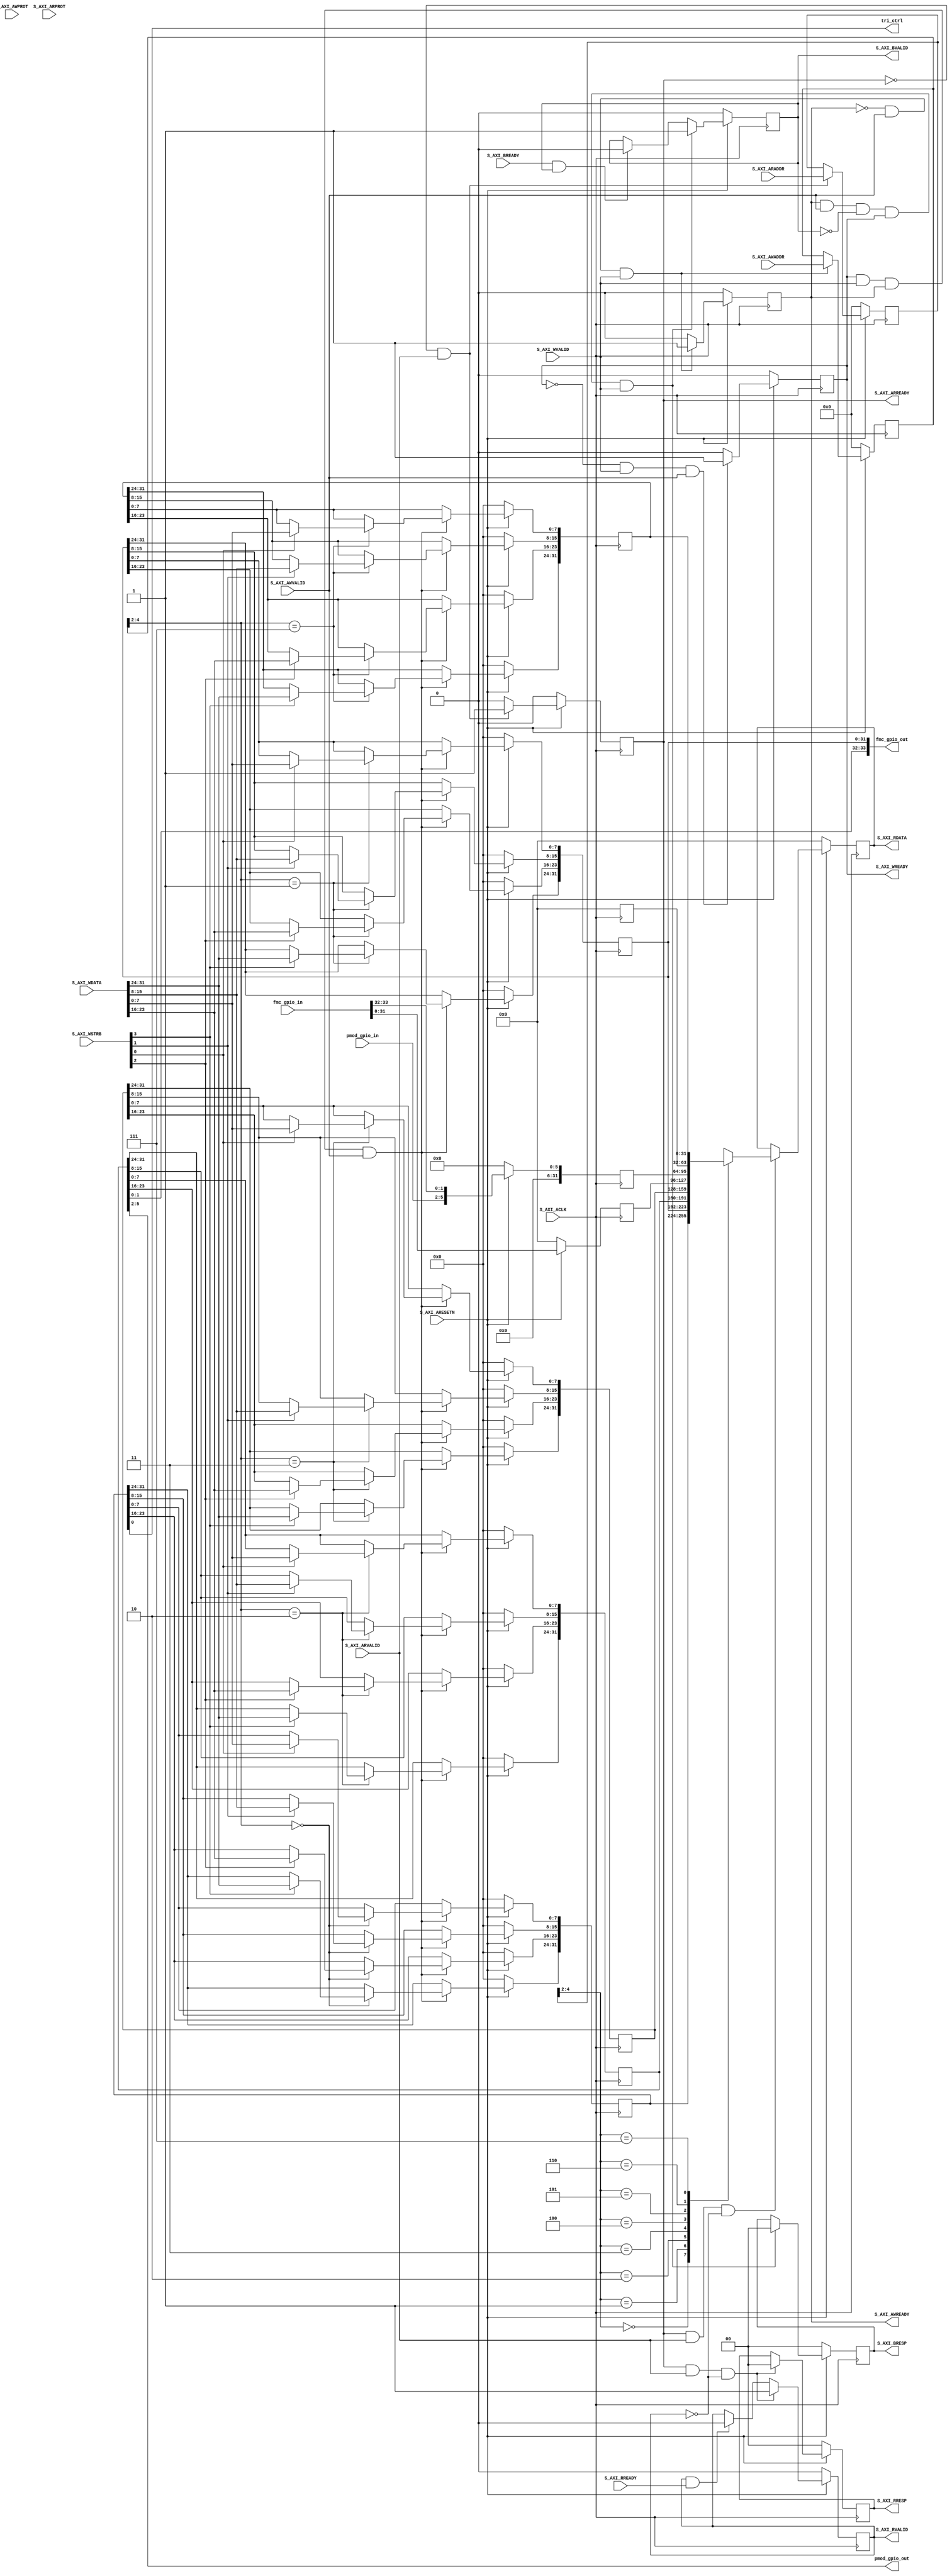
//
// Copyright (C) 2015 Digilent Inc.
// All rights reserved.
//
// @NETFPGA_LICENSE_HEADER_START@
//
// Licensed to NetFPGA C.I.C. (NetFPGA) under one or more contributor
// license agreements.  See the NOTICE file distributed with this work for
// additional information regarding copyright ownership.  NetFPGA licenses this
// file to you under the NetFPGA Hardware-Software License, Version 1.0 (the
// "License"); you may not use this file except in compliance with the
// License.  You may obtain a copy of the License at:
//
//   http://www.netfpga-cic.org
//
// Unless required by applicable law or agreed to in writing, Work distributed
// under the License is distributed on an "AS IS" BASIS, WITHOUT WARRANTIES OR
// CONDITIONS OF ANY KIND, either express or implied.  See the License for the
// specific language governing permissions and limitations under the License.
//
// @NETFPGA_LICENSE_HEADER_END@
//

`timescale 1 ps / 1 ps

	module nf_sume_gpio_test_S_AXI #
	(
		// Users to add parameters here

		// User parameters ends
		// Do not modify the parameters beyond this line

		// Width of S_AXI data bus
		parameter integer C_S_AXI_DATA_WIDTH	= 32,
		// Width of S_AXI address bus
		parameter integer C_S_AXI_ADDR_WIDTH	= 5
	)
	(
		// Users to add ports here
        output wire [33:0] fmc_gpio_out,
        input wire [33:0] fmc_gpio_in,
        output wire [3:0] pmod_gpio_out,
        input wire [3:0] pmod_gpio_in,
        output wire tri_ctrl,
		// User ports ends
		// Do not modify the ports beyond this line

		// Global Clock Signal
		input wire  S_AXI_ACLK,
		// Global Reset Signal. This Signal is Active LOW
		input wire  S_AXI_ARESETN,
		// Write address (issued by master, acceped by Slave)
		input wire [C_S_AXI_ADDR_WIDTH-1 : 0] S_AXI_AWADDR,
		// Write channel Protection type. This signal indicates the
    		// privilege and security level of the transaction, and whether
    		// the transaction is a data access or an instruction access.
		input wire [2 : 0] S_AXI_AWPROT,
		// Write address valid. This signal indicates that the master signaling
    		// valid write address and control information.
		input wire  S_AXI_AWVALID,
		// Write address ready. This signal indicates that the slave is ready
    		// to accept an address and associated control signals.
		output wire  S_AXI_AWREADY,
		// Write data (issued by master, acceped by Slave) 
		input wire [C_S_AXI_DATA_WIDTH-1 : 0] S_AXI_WDATA,
		// Write strobes. This signal indicates which byte lanes hold
    		// valid data. There is one write strobe bit for each eight
    		// bits of the write data bus.    
		input wire [(C_S_AXI_DATA_WIDTH/8)-1 : 0] S_AXI_WSTRB,
		// Write valid. This signal indicates that valid write
    		// data and strobes are available.
		input wire  S_AXI_WVALID,
		// Write ready. This signal indicates that the slave
    		// can accept the write data.
		output wire  S_AXI_WREADY,
		// Write response. This signal indicates the status
    		// of the write transaction.
		output wire [1 : 0] S_AXI_BRESP,
		// Write response valid. This signal indicates that the channel
    		// is signaling a valid write response.
		output wire  S_AXI_BVALID,
		// Response ready. This signal indicates that the master
    		// can accept a write response.
		input wire  S_AXI_BREADY,
		// Read address (issued by master, acceped by Slave)
		input wire [C_S_AXI_ADDR_WIDTH-1 : 0] S_AXI_ARADDR,
		// Protection type. This signal indicates the privilege
    		// and security level of the transaction, and whether the
    		// transaction is a data access or an instruction access.
		input wire [2 : 0] S_AXI_ARPROT,
		// Read address valid. This signal indicates that the channel
    		// is signaling valid read address and control information.
		input wire  S_AXI_ARVALID,
		// Read address ready. This signal indicates that the slave is
    		// ready to accept an address and associated control signals.
		output wire  S_AXI_ARREADY,
		// Read data (issued by slave)
		output wire [C_S_AXI_DATA_WIDTH-1 : 0] S_AXI_RDATA,
		// Read response. This signal indicates the status of the
    		// read transfer.
		output wire [1 : 0] S_AXI_RRESP,
		// Read valid. This signal indicates that the channel is
    		// signaling the required read data.
		output wire  S_AXI_RVALID,
		// Read ready. This signal indicates that the master can
    		// accept the read data and response information.
		input wire  S_AXI_RREADY
	);

	// AXI4LITE signals
	reg [C_S_AXI_ADDR_WIDTH-1 : 0] 	axi_awaddr;
	reg  	axi_awready;
	reg  	axi_wready;
	reg [1 : 0] 	axi_bresp;
	reg  	axi_bvalid;
	reg [C_S_AXI_ADDR_WIDTH-1 : 0] 	axi_araddr;
	reg  	axi_arready;
	reg [C_S_AXI_DATA_WIDTH-1 : 0] 	axi_rdata;
	reg [1 : 0] 	axi_rresp;
	reg  	axi_rvalid;

	// Example-specific design signals
	// local parameter for addressing 32 bit / 64 bit C_S_AXI_DATA_WIDTH
	// ADDR_LSB is used for addressing 32/64 bit registers/memories
	// ADDR_LSB = 2 for 32 bits (n downto 2)
	// ADDR_LSB = 3 for 64 bits (n downto 3)
	localparam integer ADDR_LSB = (C_S_AXI_DATA_WIDTH/32) + 1;
	localparam integer OPT_MEM_ADDR_BITS = 2;
	//----------------------------------------------
	//-- Signals for user logic register space example
	//------------------------------------------------
	//-- Number of Slave Registers 8
	reg [C_S_AXI_DATA_WIDTH-1:0]	slv_reg0;
	reg [C_S_AXI_DATA_WIDTH-1:0]	slv_reg1;
	reg [C_S_AXI_DATA_WIDTH-1:0]	slv_reg2;
	reg [C_S_AXI_DATA_WIDTH-1:0]	slv_reg3;
	reg [C_S_AXI_DATA_WIDTH-1:0]	slv_reg4;
	reg [C_S_AXI_DATA_WIDTH-1:0]	slv_reg5;
	reg [C_S_AXI_DATA_WIDTH-1:0]	slv_reg6;
	reg [C_S_AXI_DATA_WIDTH-1:0]	slv_reg7;
	wire	 slv_reg_rden;
	wire	 slv_reg_wren;
	reg [C_S_AXI_DATA_WIDTH-1:0]	 reg_data_out;
	integer	 byte_index;

	// I/O Connections assignments

	assign S_AXI_AWREADY	= axi_awready;
	assign S_AXI_WREADY	= axi_wready;
	assign S_AXI_BRESP	= axi_bresp;
	assign S_AXI_BVALID	= axi_bvalid;
	assign S_AXI_ARREADY	= axi_arready;
	assign S_AXI_RDATA	= axi_rdata;
	assign S_AXI_RRESP	= axi_rresp;
	assign S_AXI_RVALID	= axi_rvalid;
	// Implement axi_awready generation
	// axi_awready is asserted for one S_AXI_ACLK clock cycle when both
	// S_AXI_AWVALID and S_AXI_WVALID are asserted. axi_awready is
	// de-asserted when reset is low.

	always @( posedge S_AXI_ACLK )
	begin
	  if ( S_AXI_ARESETN == 1'b0 )
	    begin
	      axi_awready <= 1'b0;
	    end 
	  else
	    begin    
	      if (~axi_awready && S_AXI_AWVALID && S_AXI_WVALID)
	        begin
	          // slave is ready to accept write address when 
	          // there is a valid write address and write data
	          // on the write address and data bus. This design 
	          // expects no outstanding transactions. 
	          axi_awready <= 1'b1;
	        end
	      else           
	        begin
	          axi_awready <= 1'b0;
	        end
	    end 
	end       

	// Implement axi_awaddr latching
	// This process is used to latch the address when both 
	// S_AXI_AWVALID and S_AXI_WVALID are valid. 

	always @( posedge S_AXI_ACLK )
	begin
	  if ( S_AXI_ARESETN == 1'b0 )
	    begin
	      axi_awaddr <= 0;
	    end 
	  else
	    begin    
	      if (~axi_awready && S_AXI_AWVALID && S_AXI_WVALID)
	        begin
	          // Write Address latching 
	          axi_awaddr <= S_AXI_AWADDR;
	        end
	    end 
	end       

	// Implement axi_wready generation
	// axi_wready is asserted for one S_AXI_ACLK clock cycle when both
	// S_AXI_AWVALID and S_AXI_WVALID are asserted. axi_wready is 
	// de-asserted when reset is low. 

	always @( posedge S_AXI_ACLK )
	begin
	  if ( S_AXI_ARESETN == 1'b0 )
	    begin
	      axi_wready <= 1'b0;
	    end 
	  else
	    begin    
	      if (~axi_wready && S_AXI_WVALID && S_AXI_AWVALID)
	        begin
	          // slave is ready to accept write data when 
	          // there is a valid write address and write data
	          // on the write address and data bus. This design 
	          // expects no outstanding transactions. 
	          axi_wready <= 1'b1;
	        end
	      else
	        begin
	          axi_wready <= 1'b0;
	        end
	    end 
	end       

	// Implement memory mapped register select and write logic generation
	// The write data is accepted and written to memory mapped registers when
	// axi_awready, S_AXI_WVALID, axi_wready and S_AXI_WVALID are asserted. Write strobes are used to
	// select byte enables of slave registers while writing.
	// These registers are cleared when reset (active low) is applied.
	// Slave register write enable is asserted when valid address and data are available
	// and the slave is ready to accept the write address and write data.
	assign slv_reg_wren = axi_wready && S_AXI_WVALID && axi_awready && S_AXI_AWVALID;

	always @( posedge S_AXI_ACLK )
	begin
	  if ( S_AXI_ARESETN == 1'b0 )
	    begin
	      slv_reg0 <= 0;
	      slv_reg1 <= 0;
	      slv_reg2 <= 0;
	      slv_reg3 <= 0;
//	      slv_reg4 <= 0;
//	      slv_reg5 <= 0;
//	      slv_reg6 <= 0;
	      slv_reg7 <= 0;
	    end 
	  else begin
	    if (slv_reg_wren)
	      begin
	        case ( axi_awaddr[ADDR_LSB+OPT_MEM_ADDR_BITS:ADDR_LSB] )
	          3'h0:
	            for ( byte_index = 0; byte_index <= (C_S_AXI_DATA_WIDTH/8)-1; byte_index = byte_index+1 )
	              if ( S_AXI_WSTRB[byte_index] == 1 ) begin
	                // Respective byte enables are asserted as per write strobes 
	                // Slave register 0
	                slv_reg0[(byte_index*8) +: 8] <= S_AXI_WDATA[(byte_index*8) +: 8];
	              end  
	          3'h1:
	            for ( byte_index = 0; byte_index <= (C_S_AXI_DATA_WIDTH/8)-1; byte_index = byte_index+1 )
	              if ( S_AXI_WSTRB[byte_index] == 1 ) begin
	                // Respective byte enables are asserted as per write strobes 
	                // Slave register 1
	                slv_reg1[(byte_index*8) +: 8] <= S_AXI_WDATA[(byte_index*8) +: 8];
	              end  
	          3'h2:
	            for ( byte_index = 0; byte_index <= (C_S_AXI_DATA_WIDTH/8)-1; byte_index = byte_index+1 )
	              if ( S_AXI_WSTRB[byte_index] == 1 ) begin
	                // Respective byte enables are asserted as per write strobes 
	                // Slave register 2
	                slv_reg2[(byte_index*8) +: 8] <= S_AXI_WDATA[(byte_index*8) +: 8];
	              end  
	          3'h3:
	            for ( byte_index = 0; byte_index <= (C_S_AXI_DATA_WIDTH/8)-1; byte_index = byte_index+1 )
	              if ( S_AXI_WSTRB[byte_index] == 1 ) begin
	                // Respective byte enables are asserted as per write strobes 
	                // Slave register 3
	                slv_reg3[(byte_index*8) +: 8] <= S_AXI_WDATA[(byte_index*8) +: 8];
	              end  
//	          3'h4:
//	            for ( byte_index = 0; byte_index <= (C_S_AXI_DATA_WIDTH/8)-1; byte_index = byte_index+1 )
//	              if ( S_AXI_WSTRB[byte_index] == 1 ) begin
//	                // Respective byte enables are asserted as per write strobes 
//	                // Slave register 4
//	                slv_reg4[(byte_index*8) +: 8] <= S_AXI_WDATA[(byte_index*8) +: 8];
//	              end  
//	          3'h5:
//	            for ( byte_index = 0; byte_index <= (C_S_AXI_DATA_WIDTH/8)-1; byte_index = byte_index+1 )
//	              if ( S_AXI_WSTRB[byte_index] == 1 ) begin
//	                // Respective byte enables are asserted as per write strobes 
//	                // Slave register 5
//	                slv_reg5[(byte_index*8) +: 8] <= S_AXI_WDATA[(byte_index*8) +: 8];
//	              end  
//	          3'h6:
//	            for ( byte_index = 0; byte_index <= (C_S_AXI_DATA_WIDTH/8)-1; byte_index = byte_index+1 )
//	              if ( S_AXI_WSTRB[byte_index] == 1 ) begin
//	                // Respective byte enables are asserted as per write strobes 
//	                // Slave register 6
//	                slv_reg6[(byte_index*8) +: 8] <= S_AXI_WDATA[(byte_index*8) +: 8];
//	              end  
	          3'h7:
	            for ( byte_index = 0; byte_index <= (C_S_AXI_DATA_WIDTH/8)-1; byte_index = byte_index+1 )
	              if ( S_AXI_WSTRB[byte_index] == 1 ) begin
	                // Respective byte enables are asserted as per write strobes 
	                // Slave register 7
	                slv_reg7[(byte_index*8) +: 8] <= S_AXI_WDATA[(byte_index*8) +: 8];
	              end  
	          default : begin
	                      slv_reg0 <= slv_reg0;
	                      slv_reg1 <= slv_reg1;
	                      slv_reg2 <= slv_reg2;
	                      slv_reg3 <= slv_reg3;
//	                      slv_reg4 <= slv_reg4;
//	                      slv_reg5 <= slv_reg5;
//	                      slv_reg6 <= slv_reg6;
	                      slv_reg7 <= slv_reg7;
	                    end
	        endcase
	      end
	  end
	end    

	// Implement write response logic generation
	// The write response and response valid signals are asserted by the slave 
	// when axi_wready, S_AXI_WVALID, axi_wready and S_AXI_WVALID are asserted.  
	// This marks the acceptance of address and indicates the status of 
	// write transaction.

	always @( posedge S_AXI_ACLK )
	begin
	  if ( S_AXI_ARESETN == 1'b0 )
	    begin
	      axi_bvalid  <= 0;
	      axi_bresp   <= 2'b0;
	    end 
	  else
	    begin    
	      if (axi_awready && S_AXI_AWVALID && ~axi_bvalid && axi_wready && S_AXI_WVALID)
	        begin
	          // indicates a valid write response is available
	          axi_bvalid <= 1'b1;
	          axi_bresp  <= 2'b0; // 'OKAY' response 
	        end                   // work error responses in future
	      else
	        begin
	          if (S_AXI_BREADY && axi_bvalid) 
	            //check if bready is asserted while bvalid is high) 
	            //(there is a possibility that bready is always asserted high)   
	            begin
	              axi_bvalid <= 1'b0; 
	            end  
	        end
	    end
	end   

	// Implement axi_arready generation
	// axi_arready is asserted for one S_AXI_ACLK clock cycle when
	// S_AXI_ARVALID is asserted. axi_awready is 
	// de-asserted when reset (active low) is asserted. 
	// The read address is also latched when S_AXI_ARVALID is 
	// asserted. axi_araddr is reset to zero on reset assertion.

	always @( posedge S_AXI_ACLK )
	begin
	  if ( S_AXI_ARESETN == 1'b0 )
	    begin
	      axi_arready <= 1'b0;
	      axi_araddr  <= 32'b0;
	    end 
	  else
	    begin    
	      if (~axi_arready && S_AXI_ARVALID)
	        begin
	          // indicates that the slave has acceped the valid read address
	          axi_arready <= 1'b1;
	          // Read address latching
	          axi_araddr  <= S_AXI_ARADDR;
	        end
	      else
	        begin
	          axi_arready <= 1'b0;
	        end
	    end 
	end       

	// Implement axi_arvalid generation
	// axi_rvalid is asserted for one S_AXI_ACLK clock cycle when both 
	// S_AXI_ARVALID and axi_arready are asserted. The slave registers 
	// data are available on the axi_rdata bus at this instance. The 
	// assertion of axi_rvalid marks the validity of read data on the 
	// bus and axi_rresp indicates the status of read transaction.axi_rvalid 
	// is deasserted on reset (active low). axi_rresp and axi_rdata are 
	// cleared to zero on reset (active low).  
	always @( posedge S_AXI_ACLK )
	begin
	  if ( S_AXI_ARESETN == 1'b0 )
	    begin
	      axi_rvalid <= 0;
	      axi_rresp  <= 0;
	    end 
	  else
	    begin    
	      if (axi_arready && S_AXI_ARVALID && ~axi_rvalid)
	        begin
	          // Valid read data is available at the read data bus
	          axi_rvalid <= 1'b1;
	          axi_rresp  <= 2'b0; // 'OKAY' response
	        end   
	      else if (axi_rvalid && S_AXI_RREADY)
	        begin
	          // Read data is accepted by the master
	          axi_rvalid <= 1'b0;
	        end                
	    end
	end    

	// Implement memory mapped register select and read logic generation
	// Slave register read enable is asserted when valid address is available
	// and the slave is ready to accept the read address.
	assign slv_reg_rden = axi_arready & S_AXI_ARVALID & ~axi_rvalid;
	always @(*)
	begin
	  if ( S_AXI_ARESETN == 1'b0 )
	    begin
	      reg_data_out <= 0;
	    end 
	  else
	    begin    
	      // Address decoding for reading registers
	      case ( axi_araddr[ADDR_LSB+OPT_MEM_ADDR_BITS:ADDR_LSB] )
	        3'h0   : reg_data_out <= slv_reg0;
	        3'h1   : reg_data_out <= slv_reg1;
	        3'h2   : reg_data_out <= slv_reg2;
	        3'h3   : reg_data_out <= slv_reg3;
	        3'h4   : reg_data_out <= slv_reg4;
	        3'h5   : reg_data_out <= slv_reg5;
	        3'h6   : reg_data_out <= slv_reg6;
	        3'h7   : reg_data_out <= slv_reg7;
	        default : reg_data_out <= 0;
	      endcase
	    end   
	end

	// Output register or memory read data
	always @( posedge S_AXI_ACLK )
	begin
	  if ( S_AXI_ARESETN == 1'b0 )
	    begin
	      axi_rdata  <= 0;
	    end 
	  else
	    begin    
	      // When there is a valid read address (S_AXI_ARVALID) with 
	      // acceptance of read address by the slave (axi_arready), 
	      // output the read dada 
	      if (slv_reg_rden)
	        begin
	          axi_rdata <= reg_data_out;     // register read data
	        end   
	    end
	end    

	// Add user logic here
	// Control Tri-State
    assign tri_ctrl = slv_reg0[0];
    
    assign fmc_gpio_out = {slv_reg2[1:0], slv_reg1};
    assign pmod_gpio_out = slv_reg2[5:2];

	always @( posedge S_AXI_ACLK )
    begin
      if ( S_AXI_ARESETN == 1'b0 )
        begin
          slv_reg4 <= 0;
          slv_reg5 <= 0;
          slv_reg6 <= 0;
        end 
      else 
        begin
          slv_reg4 <= fmc_gpio_in[31:0];
          slv_reg5 <= {26'd0, pmod_gpio_in, fmc_gpio_in[33:32]};
          slv_reg6 <= 0;
        end
    end    

	// User logic ends

	endmodule